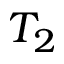
T _ { 2 }